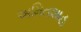
અમિતશાહ